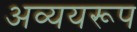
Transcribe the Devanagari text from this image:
अव्ययरूप